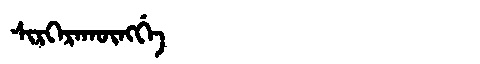
Manchu: ᠰᡳᡵᡴᡝᡵᠠᡴᡡᠩᡤᡝ
Romanization: SIRKERAKŪNGGE